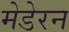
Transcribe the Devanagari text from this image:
मेडेरन